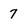
Character: 7